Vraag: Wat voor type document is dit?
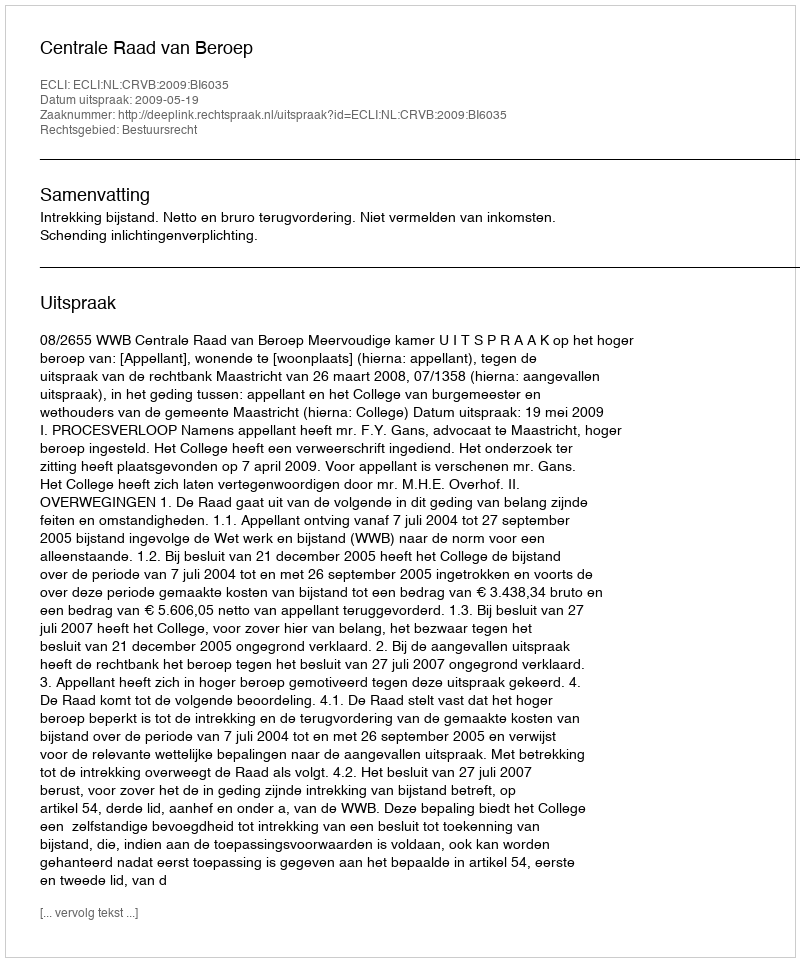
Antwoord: Uitspraak